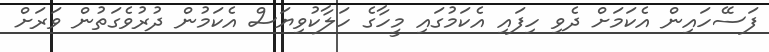
ފަސޭހައިން އެކަމަށް ދެވި ހިފައި އެކަމުގައި މީހާގެ ހަލާކުވިޔަސް އެކަމުން ދުރުވެގަތުން ވަރަށް